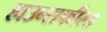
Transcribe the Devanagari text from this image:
हाउन्सफील्ड